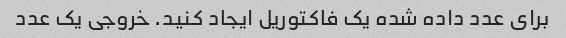
برای عدد داده شده یک فاکتوریل ایجاد کنید. خروجی یک عدد